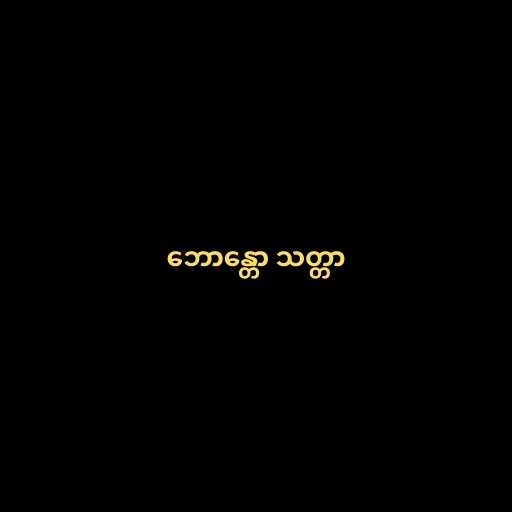
ဘောန္တော သတ္တာ